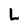
Character: L